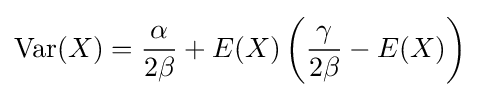
\operatorname {Var} (X)={\frac {\alpha }{2\beta }}+E(X)\left({\frac {\gamma }{2\beta }}-E(X)\right)